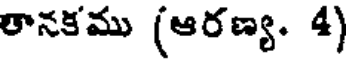
తానకము (ఆరణ్య. 4)